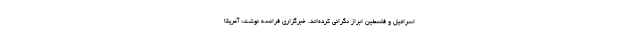
اسرائیل و فلسطین ابراز نگرانی کرده‌اند. خبرگزاری فرانسه نوشت: آمریکا